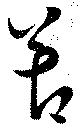
苦